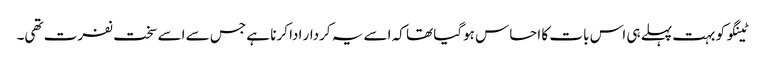
ٹینگو کو بہت پہلے ہی اس بات کا احساس ہوگیا تھا کہ اسے یہ کردار ادا کرنا ہے جس سے اسے سخت نفرت تھی۔